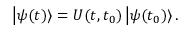
\left| \psi ( t ) \right> = { \cal { U } } ( t , t _ { 0 } ) \left| \psi ( t _ { 0 } ) \right> .